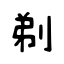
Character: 剃